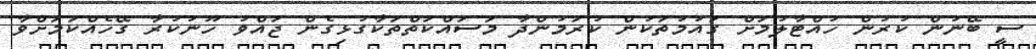
ސީ ބޭނުން ކުރުން ހުއްޓާލުމަށް ގައުމުތަކުން ކުރަމުންދާ މަސައްކަތްތަކާގުޅިގެން ޖައްވު ހޫނުކުރާ ގޭހެއްކަމަށްވާ